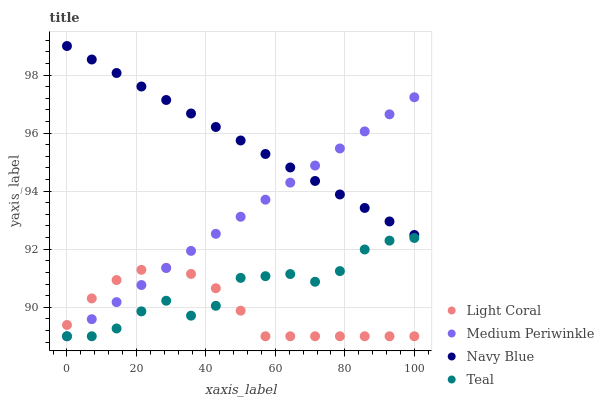
| xaxis_label | Light Coral | Medium Periwinkle | Navy Blue | Teal |
 | --- | --- | --- | --- | --- |
 | 0 | 89.4 | 89 | 99 | 89 |
 | 7.14 | 90.3 | 89.6 | 98.5 | 89 |
 | 14.3 | 90.9 | 90.2 | 98.1 | 89.3 |
 | 21.4 | 91.3 | 90.8 | 97.6 | 89.9 |
 | 28.6 | 91.4 | 91.4 | 97.1 | 90.2 |
 | 35.7 | 91.1 | 91.9 | 96.7 | 89.7 |
 | 42.9 | 90.7 | 92.5 | 96.2 | 90 |
 | 50 | 89.9 | 93.1 | 95.7 | 91 |
 | 57.1 | 89 | 93.7 | 95.3 | 91.1 |
 | 64.3 | 89 | 94.3 | 94.8 | 91.1 |
 | 71.4 | 89 | 94.9 | 94.4 | 90.9 |
 | 78.6 | 89 | 95.5 | 93.9 | 91.2 |
 | 85.7 | 89 | 96.1 | 93.4 | 92 |
 | 92.9 | 89 | 96.6 | 93 | 92.3 |
 | 100 | 89 | 97.2 | 92.5 | 92.4 |